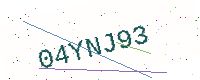
Text: 04YNJ93